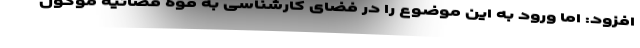
افزود: اما ورود به این موضوع را در فضای کارشناسی به قوه قضائیه موکول